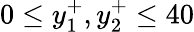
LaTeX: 0\leq y_{1}^{+},y_{2}^{+}\leq 40